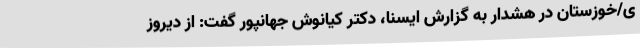
ی/خوزستان در هشدار به گزارش ایسنا، دکتر کیانوش جهانپور گفت: از دیروز